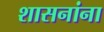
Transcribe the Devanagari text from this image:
शासनांना